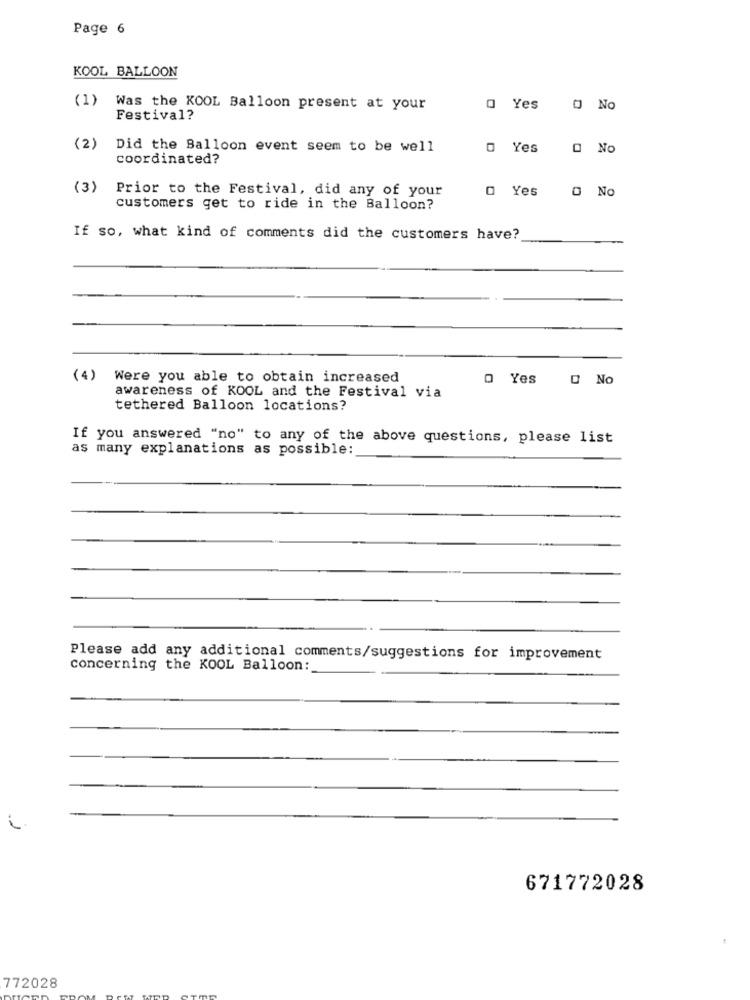
Page 6
KOOL BALLOON
(1)
Was the KOOL Balloon present at your
0 Yes O No
Festival?
(2)
Did the Balloon event seem to be well
0 Yes
O No
coordinated?
(3)
Prior to the Festival, did any of your
0 Yes
O No
customers get to ride in the Balloon?
If so, what kind of comments did the customers have?
(4)
Were you able to obtain increased
Yes
O No
awareness of KOOL and the Festival via
tethered Balloon locations?
If you answered "no" to any of the above questions, please list
as many explanations as possible:
Please add any additional comments/suggestions for improvement
concerning the KOOL Balloon:
i
671772028
772028